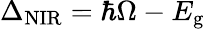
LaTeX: \Delta_{\mathrm{NIR}}=\hbar\Omega-E_{\mathrm{g}}